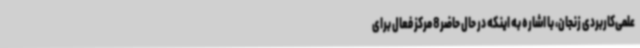
علمی‌کاربردی زنجان، با اشاره به اینکه در حال حاضر8 مرکز فعال برای